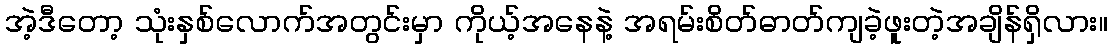
အဲ့ဒီတော့ သုံးနှစ်လောက်အတွင်းမှာ ကိုယ့်အနေနဲ့ အရမ်းစိတ်ဓာတ်ကျခဲ့ဖူးတဲ့အချိန်ရှိလား။